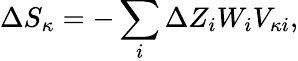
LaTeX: \Delta S_{\kappa}=-\sum_{i}\Delta Z_{i}W_{i}V_{\kappa i},